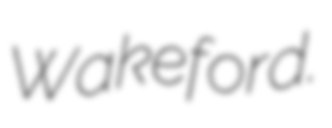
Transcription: Wakeford.